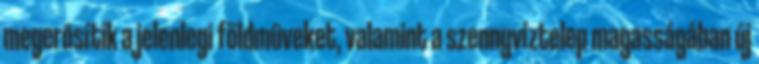
megerõsítik a jelenlegi földmûveket, valamint a szennyvíztelep magasságában új